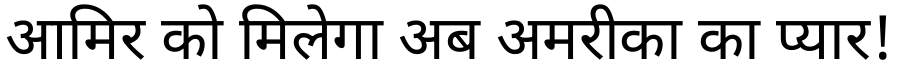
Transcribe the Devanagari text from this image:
आमिर को मिलेगा अब अमरीका का प्यार!